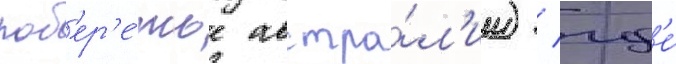
поб'ер'е́жье австра́л'ии) / гд'е́